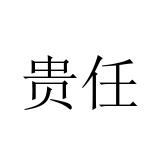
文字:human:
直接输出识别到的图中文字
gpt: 贵任